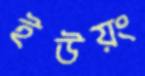
ইউয়ং